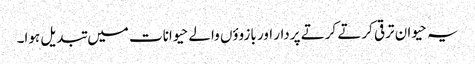
یہ حیوان ترقی کرتے کرتے پردار اور بازووٴں والے حیوانات میں تبدیل ہوا۔